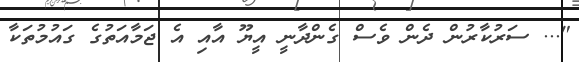
"... ސަރުކާރުން ދެން ވެސް ގެންދާނީ އީޔޫ އާއި އެ ޖަމާއަތުގެ ގައުމުތަކާ